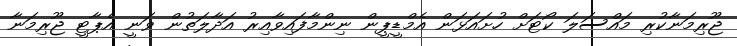
ޖޫރިމަނާކުރި މައްސަލަ ކޯޓަށް ހުށައަޅަން އެމްޑީޕީން ނިންމާފައިވާއިރު އަދާލަތުން ވަނީ އެޕާޓީ ޖޫރިމަނާ